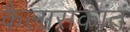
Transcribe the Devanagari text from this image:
कैलासकांतं